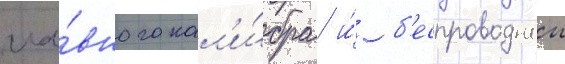
гла́вного кал'и́бра и́ б'еспроводнои